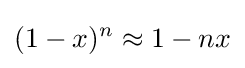
(1-x)^{n}\approx {1-nx}